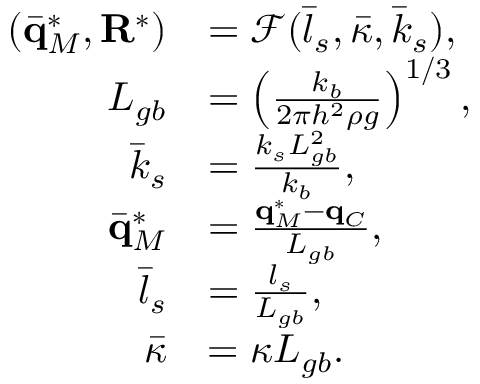
\begin{array} { r l } { ( \bar { \mathbf q } _ { M } ^ { * } , \mathbf R ^ { * } ) } & { = \mathcal { F } ( \bar { l } _ { s } , \bar { \kappa } , \bar { k } _ { s } ) , } \\ { L _ { g b } } & { = \left( \frac { k _ { b } } { 2 \pi h ^ { 2 } \rho g } \right) ^ { 1 / 3 } , } \\ { \bar { k } _ { s } } & { = \frac { k _ { s } L _ { g b } ^ { 2 } } { k _ { b } } , } \\ { \bar { \mathbf q } _ { M } ^ { * } } & { = \frac { \mathbf q _ { M } ^ { * } - \mathbf q _ { C } } { L _ { g b } } , } \\ { \bar { l } _ { s } } & { = \frac { l _ { s } } { L _ { g b } } , } \\ { \bar { \kappa } } & { = \kappa L _ { g b } . } \end{array}